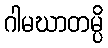
ဂါမဃာတမ္ပိ